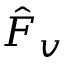
\hat { F } _ { v }